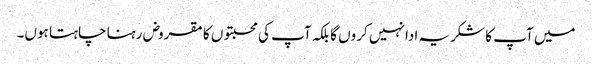
میں آپ کا شکریہ ادا نہیں کروں گا بلکہ آپ کی محبتوں کا مقروض رہنا چاہتا ہوں۔